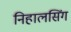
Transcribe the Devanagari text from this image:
निहालसिंग